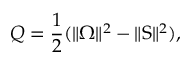
Q = \frac { 1 } { 2 } ( \Vert \boldsymbol { \Omega } \Vert ^ { 2 } - \Vert \boldsymbol { \mathrm { S } } \Vert ^ { 2 } ) ,